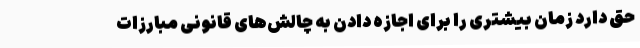
حق دارد زمان بیشتری را برای اجازه دادن به چالش‌های قانونی مبارزات